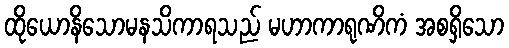
ထိုယောနိသောမနသိကာရသည် မဟာကာရုဏိကံ အစရှိသော